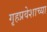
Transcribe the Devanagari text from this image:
गृहप्रवेशाच्या